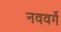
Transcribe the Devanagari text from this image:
नववर्गे